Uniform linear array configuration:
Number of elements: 64
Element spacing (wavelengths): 0.75
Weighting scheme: cosine
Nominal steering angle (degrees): -60
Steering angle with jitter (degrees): -61.882
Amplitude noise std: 0.05
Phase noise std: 0.05

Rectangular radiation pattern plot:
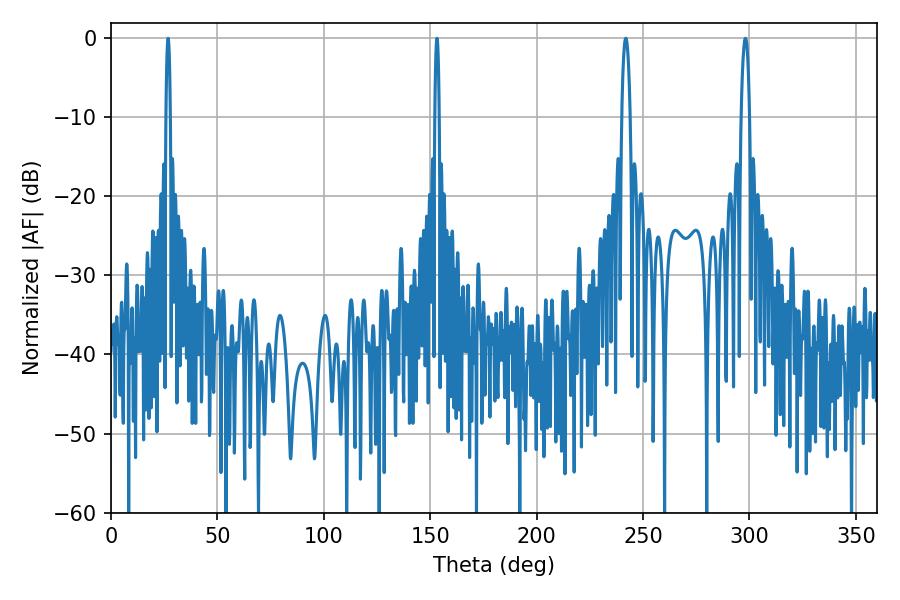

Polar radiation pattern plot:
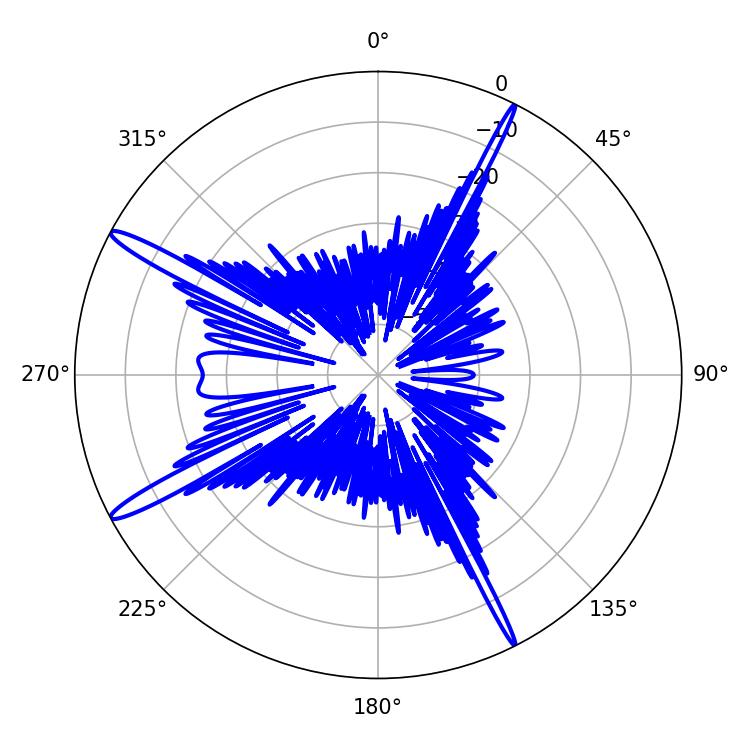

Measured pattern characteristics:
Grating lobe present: TRUE
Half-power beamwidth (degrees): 1.08
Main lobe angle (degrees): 26.82